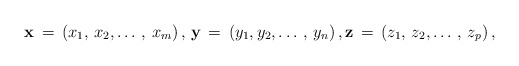
\begin{align*}\mathbf{x}\thinspace =\thinspace \left( x_{1},\thinspace x_{2},\mathellipsis \thinspace ,\thinspace x_{m} \right),\thinspace \mathbf{y}\thinspace =\thinspace \left( y_{1},y_{2},\mathellipsis \thinspace ,\thinspace y_{n} \right),\mathbf{z}\thinspace =\thinspace \left( z_{1},\thinspace z_{2},\mathellipsis \thinspace ,\thinspace z_{p} \right),\end{align*}